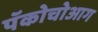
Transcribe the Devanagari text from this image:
पॅकोचोआग